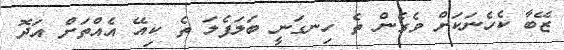
ޒޭބާ ކެހެނަކަށް ވެގެން ތެ ހިނގަނީ ބަލަފެލަ ތެ ކިއޭ އެއްތަށް އަދޮ